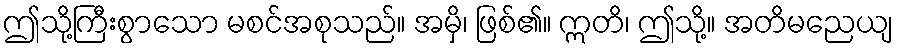
ဤသို့ကြီးစွာသော မစင်အစုသည်။ အမှိ၊ ဖြစ်၏။ ဣတိ၊ ဤသို့။ အတိမညေယျ